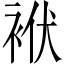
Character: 袱